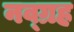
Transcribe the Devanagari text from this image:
नव्ग्रह